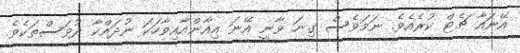
އޭނައާ ޗެޓް ކުރެއެވެ. ނަމަވެސް ގިނަ ވާނީ އޭނަ އިއާންއާއިވާހަކަ ނުދައްކާ ދުވަސްތަކެވެ.